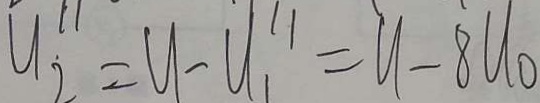
u _ { 2 } ^ { 1 1 } = u - u _ { 1 } ^ { 1 1 } = u - 8 u _ { 0 }